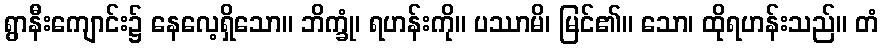
ရွာနီးကျောင်း၌ နေလေ့ရှိသော။ ဘိက္ခုံ၊ ရဟန်းကို။ ပဿာမိ၊ မြင်၏။ သော၊ ထိုရဟန်းသည်။ တံ